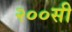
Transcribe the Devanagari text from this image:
२००सी